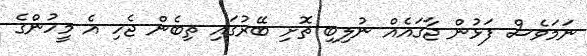
ނަމަވެސް ފަޅުން ޖާގައެއް ނުލިބި ތޮށި ބޭރުގައި ތިބެން ޖެހި އެ މީހުންގެ